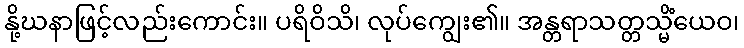
နို့ဃနာဖြင့်လည်းကောင်း။ ပရိဝိသိ၊ လုပ်ကျွေး၏။ အန္တရာသတ္တသ္မိံယေဝ၊